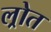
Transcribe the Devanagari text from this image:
ल्रोत